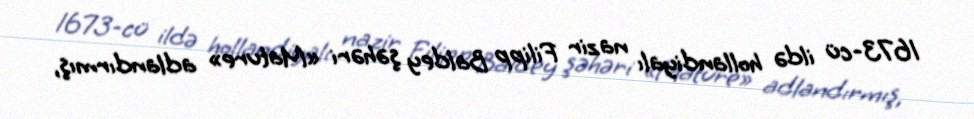
1673-cü ildə hollandiyalı nazir Filipp Baldey şəhəri «Mature» adlandırmış,